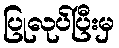
ပြုလုပ်ပြီးမှ